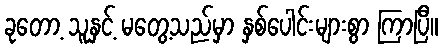
ခုတော့ သူနှင့် မတွေ့သည်မှာ နှစ်ပေါင်းများစွာ ကြာပြီ။